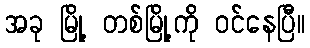
အခု မြို့ တစ်မြို့ကို ဝင်နေပြီ။